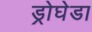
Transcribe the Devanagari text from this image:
ड्रोघेडा